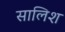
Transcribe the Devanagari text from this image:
सालिश